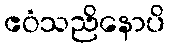
ဧဝံသညိနောပိ